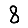
Digit: 8